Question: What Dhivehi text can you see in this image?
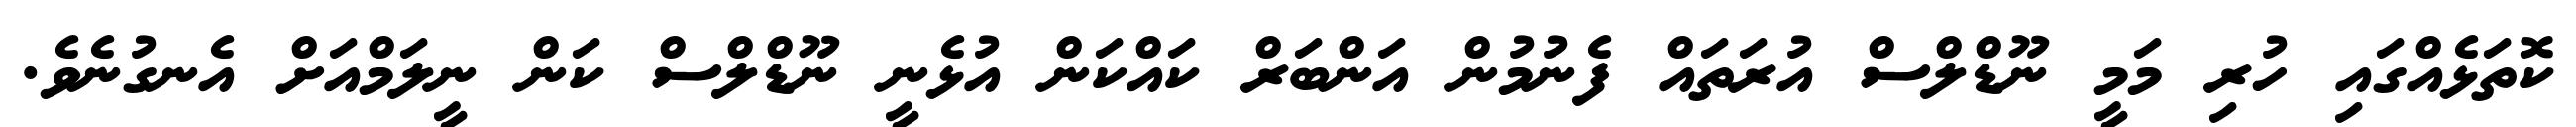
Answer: ކޮތަޅެއްގައި ހުރި މަމީ ނޫޑްލްސް އުރަތައް ފެނުމުން އަންބަރް ކައްކަން އުޅެނީ ނޫޑްލްސް ކަން ނީލަމްއަށް އެނގުނެވެ.